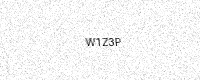
Text: W1Z3P